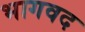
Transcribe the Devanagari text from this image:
भागवद